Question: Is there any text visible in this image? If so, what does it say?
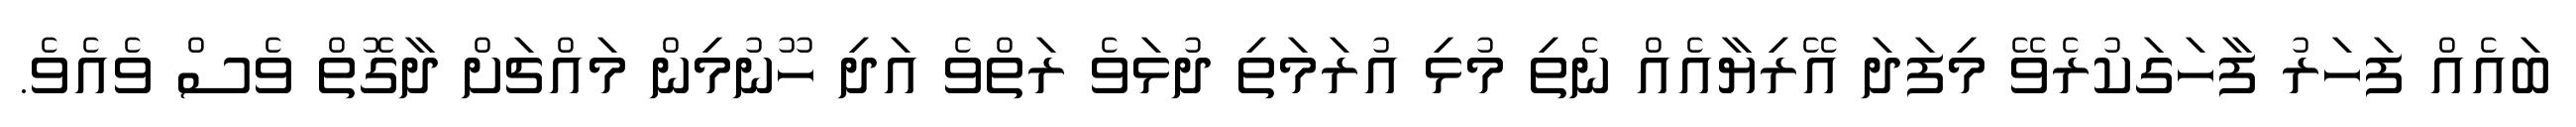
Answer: ބައެއް ފަހަރު ފާހަގަކުރެވޭ މިފަދަ އޭރިޔާއެއް ނެތި މުޅި އުރަމަތި ދުޅަވެ ރަތްވެ އަދި ހޫނުމިން މައްޗަށް ދާގޮތް ވެސް ވެއެވެ.